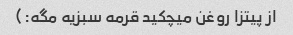
از پیتزا روغن میچکید قرمه سبزیه مگه:)